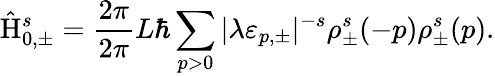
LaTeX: \hat{\mathrm{H}}_{0,\pm}^{s}=\frac{2\pi}{2\pi}{L}\hbar\sum_{p>0}|{\lambda}{\varepsilon}_{p,\pm}|^{-s}{\rho}_{\pm}^{s}(-p){\rho}_{\pm}^{s}(p).